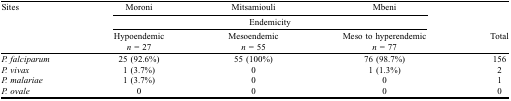
| Sites | Moroni | Mitsamiouli | Mbeni |  |
 |  | <COLSPAN=3> Endemicity |  |
 |  | Hypoendemic | Mesoendemic | Meso to hyperendemic | Total |
 |  | n = 27 | n = 55 | n = 77 |  |
 | --- | --- | --- | --- | --- |
 | P. falciparum | 25 (92.6%) | 55 (100%) | 76 (98.7%) | 156 |
 | P. vivax | 1 (3.7%) | 0 | 1 (1.3%) | 2 |
 | P. malariae | 1 (3.7%) | 0 | 0 | 1 |
 | P. ovale | 0 | 0 | 0 | 0 |